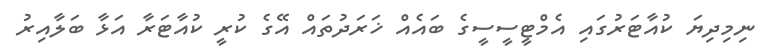
ނިމިދިޔަ ކުއާޓަރުގައި އެމްޓީސީސީގެ ބައެއް ޚަރަދުތައް އޭގެ ކުރީ ކުއާޓަރާ އަޅާ ބަލާއިރު